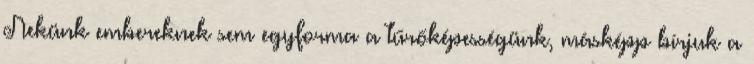
Nekünk embereknek sem egyforma a tűrőképességünk, másképp bírjuk a